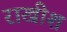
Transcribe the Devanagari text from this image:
राखीश